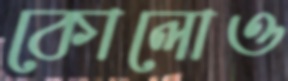
কোলোও